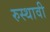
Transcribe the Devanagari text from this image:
रुस्थावी